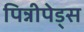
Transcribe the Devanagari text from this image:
पिन्नीपेड्स